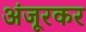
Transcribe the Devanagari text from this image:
अंजूरकर